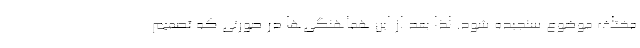
مختلف موضوع سنجیده شود. لذا بعد از این هماهنگی‌ها در صورتی که تصمیم